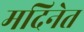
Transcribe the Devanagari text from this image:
मदिनेत